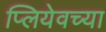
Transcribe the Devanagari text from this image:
प्लियेवच्या